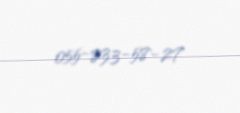
055-833-58-27